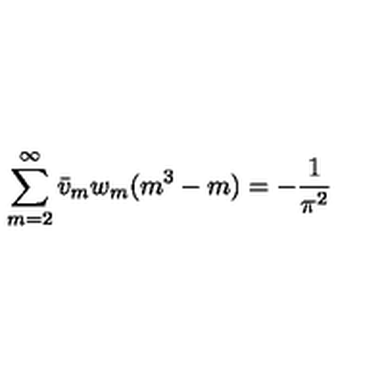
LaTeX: \sum _ { m = 2 } ^ { \infty } \bar { v } _ { m } w _ { m } ( m ^ { 3 } - m ) = - \frac { 1 } { \pi ^ { 2 } }